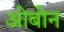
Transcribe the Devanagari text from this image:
ओबोन